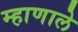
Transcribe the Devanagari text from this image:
म्हाणाले